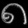
Digit: ၈